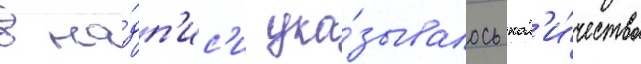
в на́дп'ис'и ука́зывалось кол'и́чество